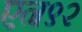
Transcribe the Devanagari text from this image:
एन९२